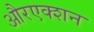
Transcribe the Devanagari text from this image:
औरएक्शन